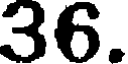
36.